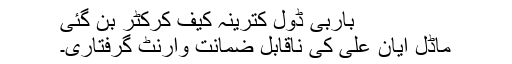
باربی ڈول کترینہ کیف کرکٹر بن گئی
ماڈل ایان علی کی ناقابل ضمانت وارنٹ گرفتاری۔